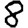
Digit: 8